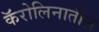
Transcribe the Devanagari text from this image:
कॅरोलिनातील